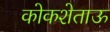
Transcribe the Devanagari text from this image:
कोकशेताऊ